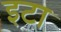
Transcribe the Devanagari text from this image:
इटा